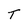
Character: T